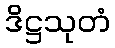
ဒိဋ္ဌသုတံ